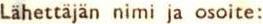
Lähettäjän nimi ja osoite: